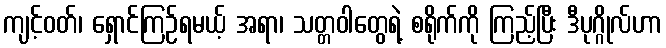
ကျင့်ဝတ်၊ ရှောင်ကြဉ်ရမယ့် အရာ၊ သတ္တဝါတွေရဲ့ စရိုက်ကို ကြည့်ပြီး ဒီပုဂ္ဂိုလ်ဟာ